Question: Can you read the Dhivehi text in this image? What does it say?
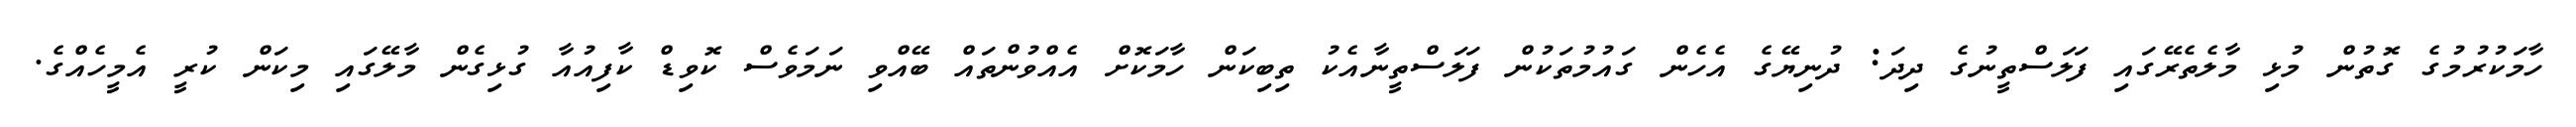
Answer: ހާމަކުރުމުގެ ގޮތުން މުޅި މާލެތެރޭގައި ފަލަސްތީނުގެ ދިދަ: ދުނިޔޭގެ އެހެން ގައުމުތަކުން ފަލަސްތީނާއެކު ތިބިކަން ހާމަކޮށް އެއްވުންތައް ބޭއްވި ނަމަވެސް ކޮވިޑް ކާފިއުއާ ގުޅިގެން މާލޭގައި މިކަން ކުރީ އެމީހެއްގެ.